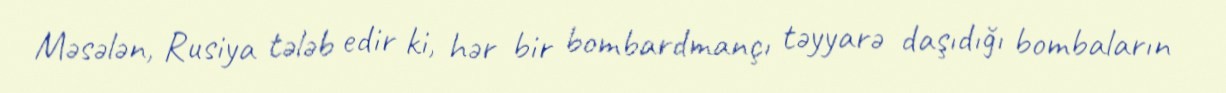
Məsələn, Rusiya tələb edir ki, hər bir bombardmançı təyyarə daşıdığı bombaların